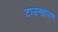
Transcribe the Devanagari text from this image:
टाउनहाउस